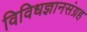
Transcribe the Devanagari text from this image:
विविधज्ञानसंग्रह